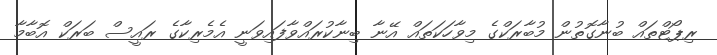
ރިޕޯޓްތައް ބުނާގޮތުން މުބާރަކްގެ މިވާހަކަތައް އޭނާ ބިނާކުރައްވާފައިވަނީ އެމެރިކާގެ ރައީސް ބަރަކް އޮބާމާ